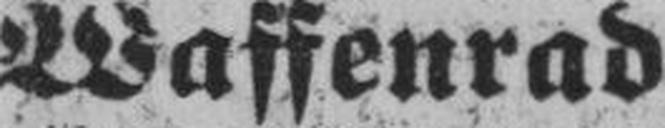
Waffenrad